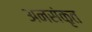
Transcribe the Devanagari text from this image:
अनसंकृत